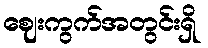
ဈေးကွက်အတွင်းရှိ